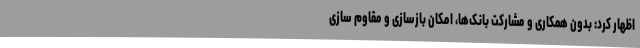
اظهار کرد: بدون همکاری و مشارکت بانک‌ها، امکان بازسازی و مقاوم سازی